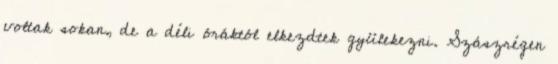
voltak sokan, de a déli óráktól elkezdtek gyülekezni. Szászrégen